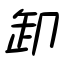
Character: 卸